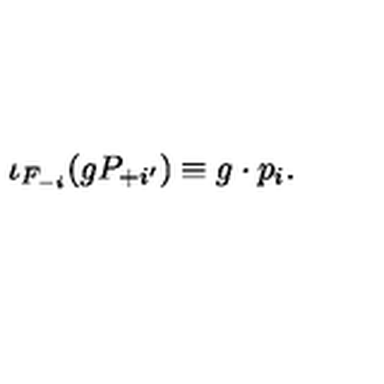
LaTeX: \iota _ { F _ { - i } } ( g P _ { + i ^ { \prime } } ) \equiv g \cdot p _ { i } .